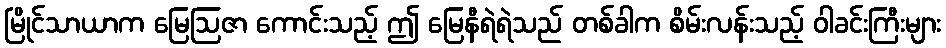
မြိုင်သာယာက မြေဩဇာ ကောင်းသည့် ဤ မြေနီရဲရဲသည် တစ်ခါက စိမ်းလန်းသည့် ဝါခင်းကြီးများ